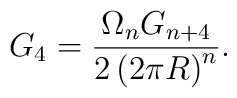
G_4 = \frac{\Omega_n G_{n+4}}{2 \left( 2\pi R\right)^n} .